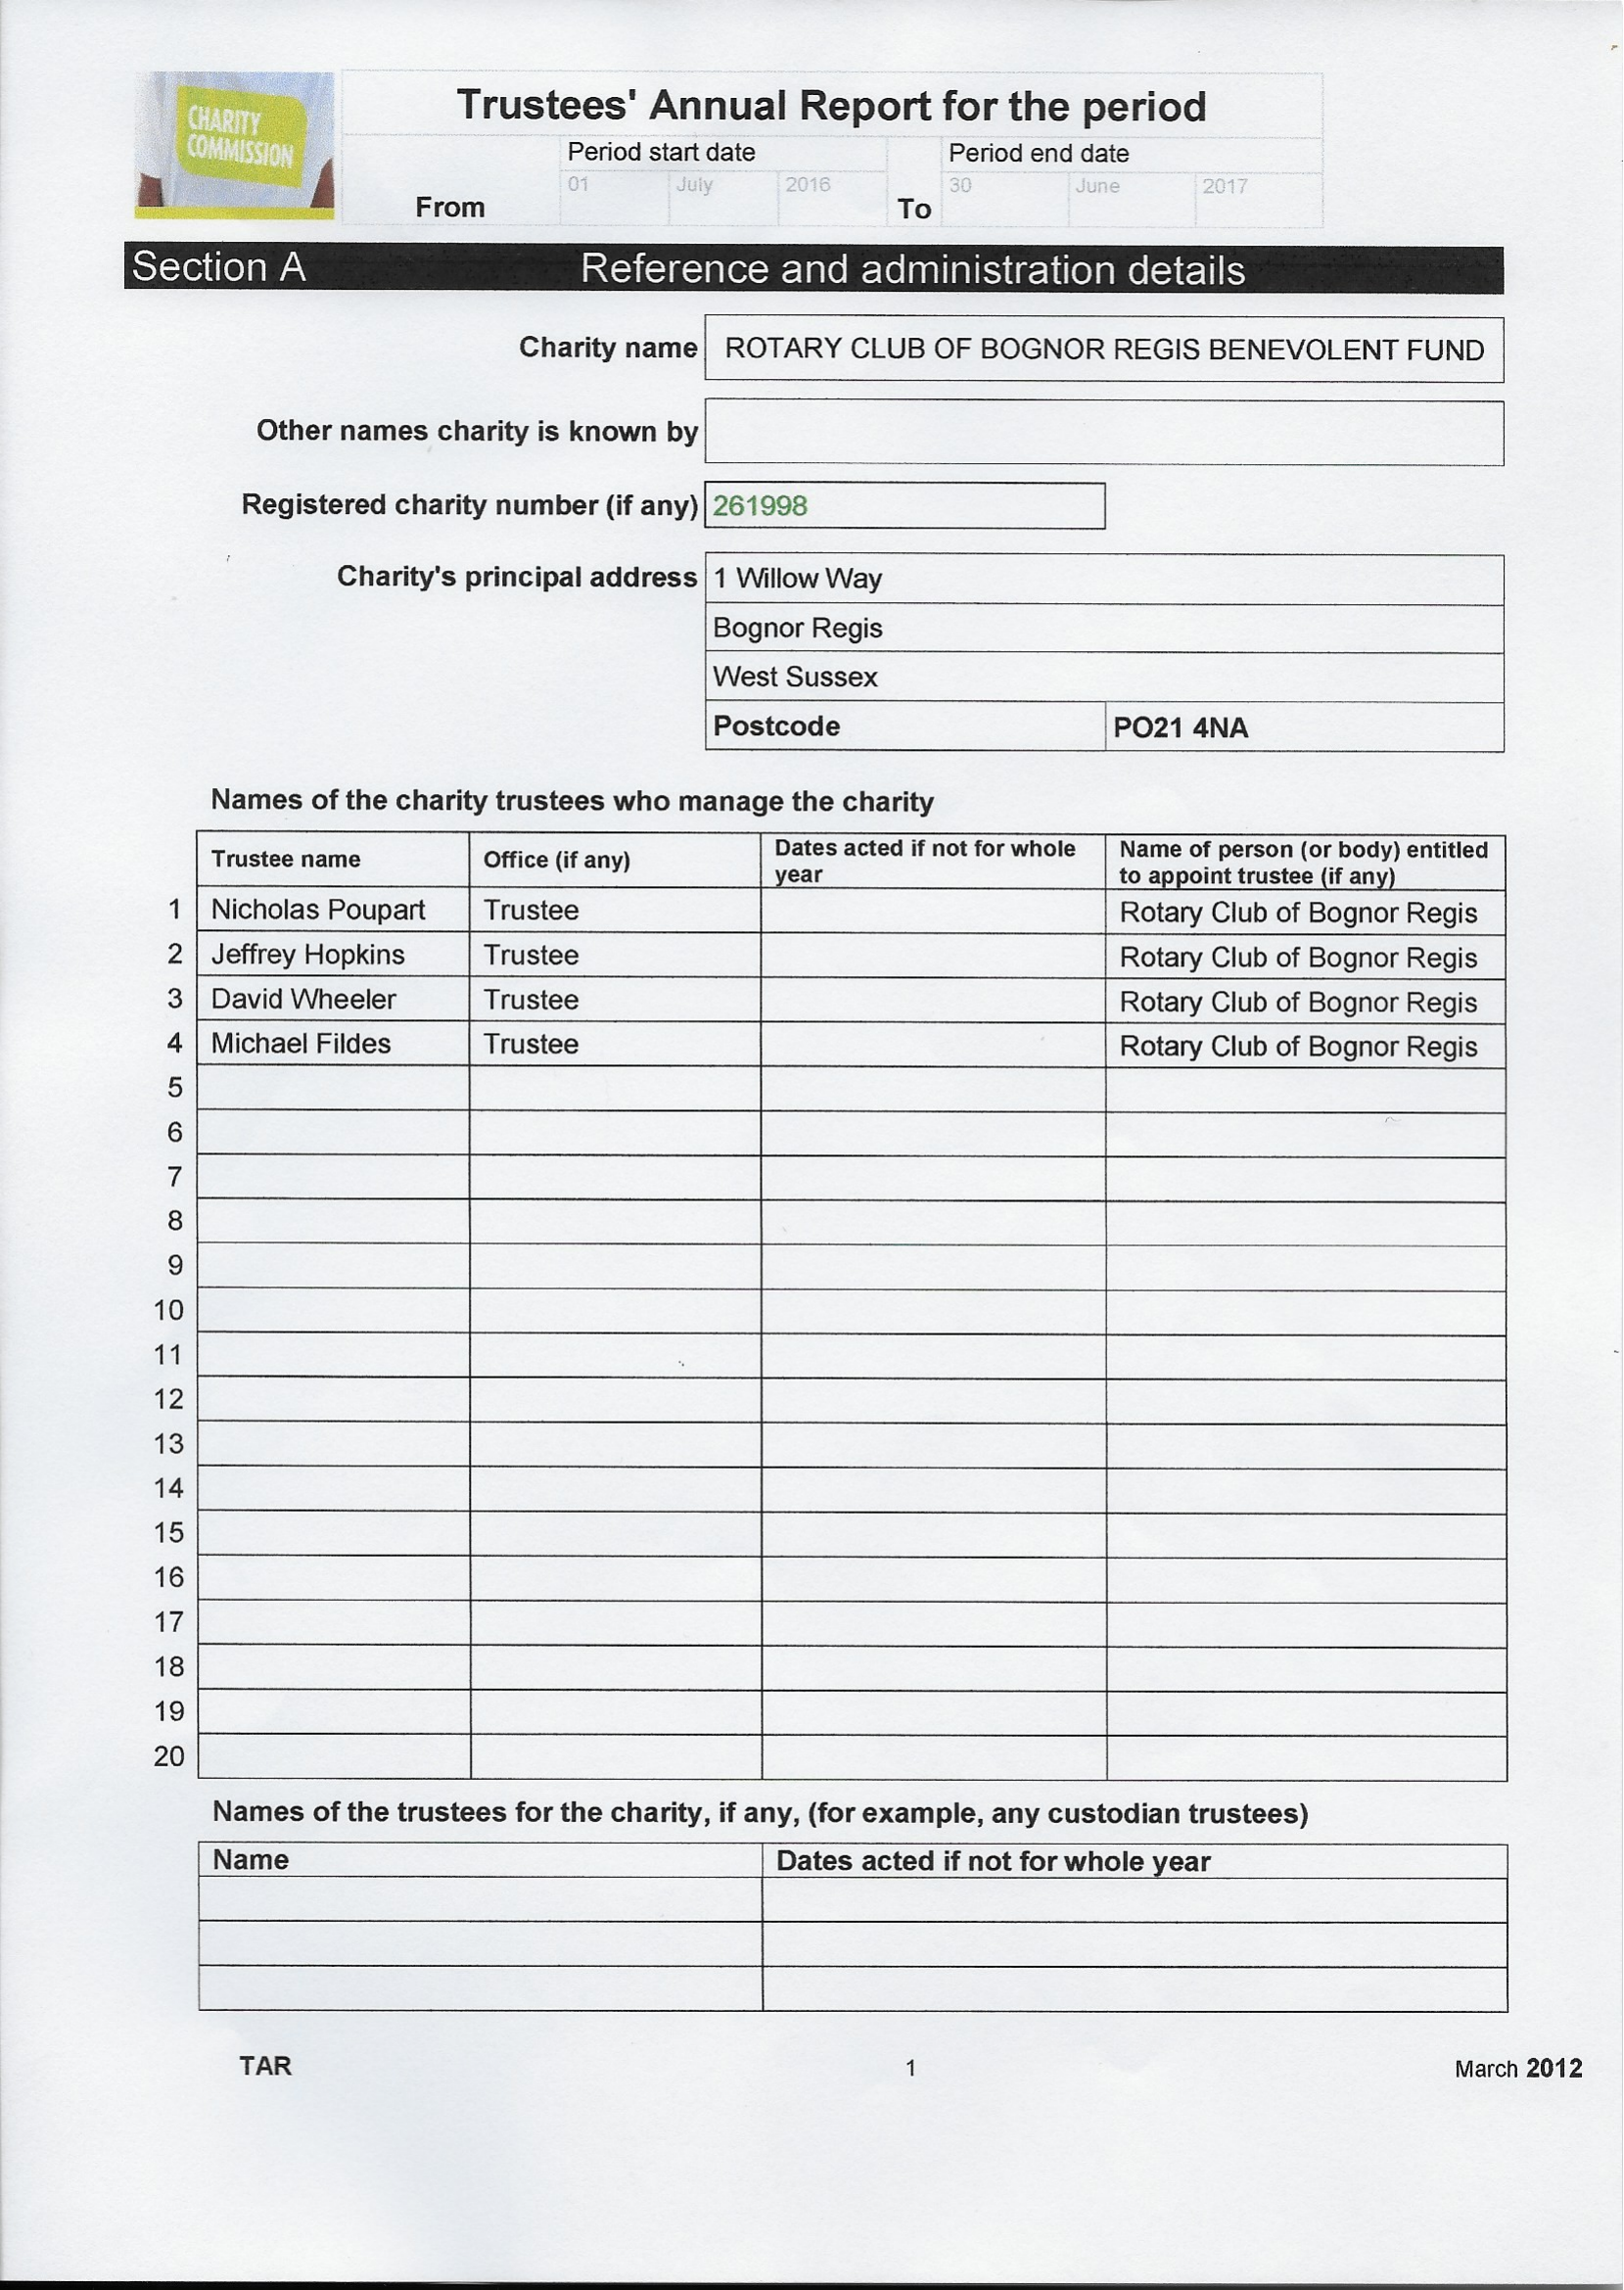
Trustees'    Annual    Report    for  the  period ULt
     (OMMission    Period start date    Period end date
     From    To
     Section    A    Reference    and  administration    details
     Charity namel  ROTARY   CLUB  OF BOGNOR   REGIS  BENEVOLENT    FUND

     —
     Other names  charity is known byr

     Registered charity number (if any)| 261998
     Charity's principal address |1 Willow Way
     Bognor Regis
     ‘ West Sussex
     Postcode    PO21  4NA
     Names  of the charity trustees who manage the charity
     3  :
     Dates acted if not for whole Name of person (or body) entitled
     Nicholas Poupart   Trustee    _    Rotary Club of Bognor Regis

     Jeffrey Hopkins  | Trustee    |    |  Rotary Club of Bognor Regis
     David Wheeler    Rotary Club of Bognor Regis
     Michael Fildes    —    Rotary Club of Bognor Regis
     2
     3
     4

     Dates acted if not for whole year

     TAR    1    March 2012